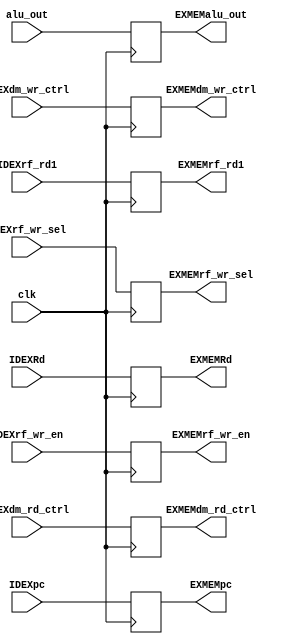
module EXMEM (
    input clk,

    input [31:0] alu_out,
    input [31:0] IDEXrf_rd1,
    input [4:0] IDEXRd,
    input [31:0] IDEXpc,

    input IDEXrf_wr_en,
    input [2:0] IDEXdm_rd_ctrl,
    input [1:0] IDEXdm_wr_ctrl,
    input [1:0] IDEXrf_wr_sel,

    output reg [31:0] EXMEMalu_out,
    output reg [31:0] EXMEMrf_rd1,
    output reg [4:0] EXMEMRd,
    output reg [31:0] EXMEMpc,

    output reg EXMEMrf_wr_en,
    output reg [2:0] EXMEMdm_rd_ctrl, //MEM
    output reg [1:0] EXMEMdm_wr_ctrl, //MEM
    output reg [1:0] EXMEMrf_wr_sel
);

always@(posedge clk) begin
    EXMEMalu_out <= alu_out;
    EXMEMrf_rd1 <= IDEXrf_rd1;
    EXMEMRd <= IDEXRd;
    EXMEMpc <= IDEXpc;
    
    EXMEMrf_wr_en <= IDEXrf_wr_en;
    EXMEMdm_rd_ctrl <= IDEXdm_rd_ctrl;
    EXMEMdm_wr_ctrl <= IDEXdm_wr_ctrl;
    EXMEMrf_wr_sel <= IDEXrf_wr_sel;
end

endmodule